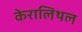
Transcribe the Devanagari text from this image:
केरालिथल